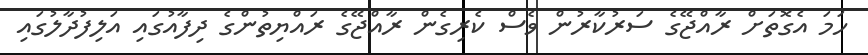
ހަމަ އެގޮތަށް ރާއްޖޭގެ ސަރުކާރުން ވެސް ކެރިގެން ރާއްޖޭގެ ރައްޔިތުންގެ ދިފާއުގައި އަލިފުދާލުގައި